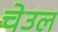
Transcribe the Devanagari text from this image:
चेउल